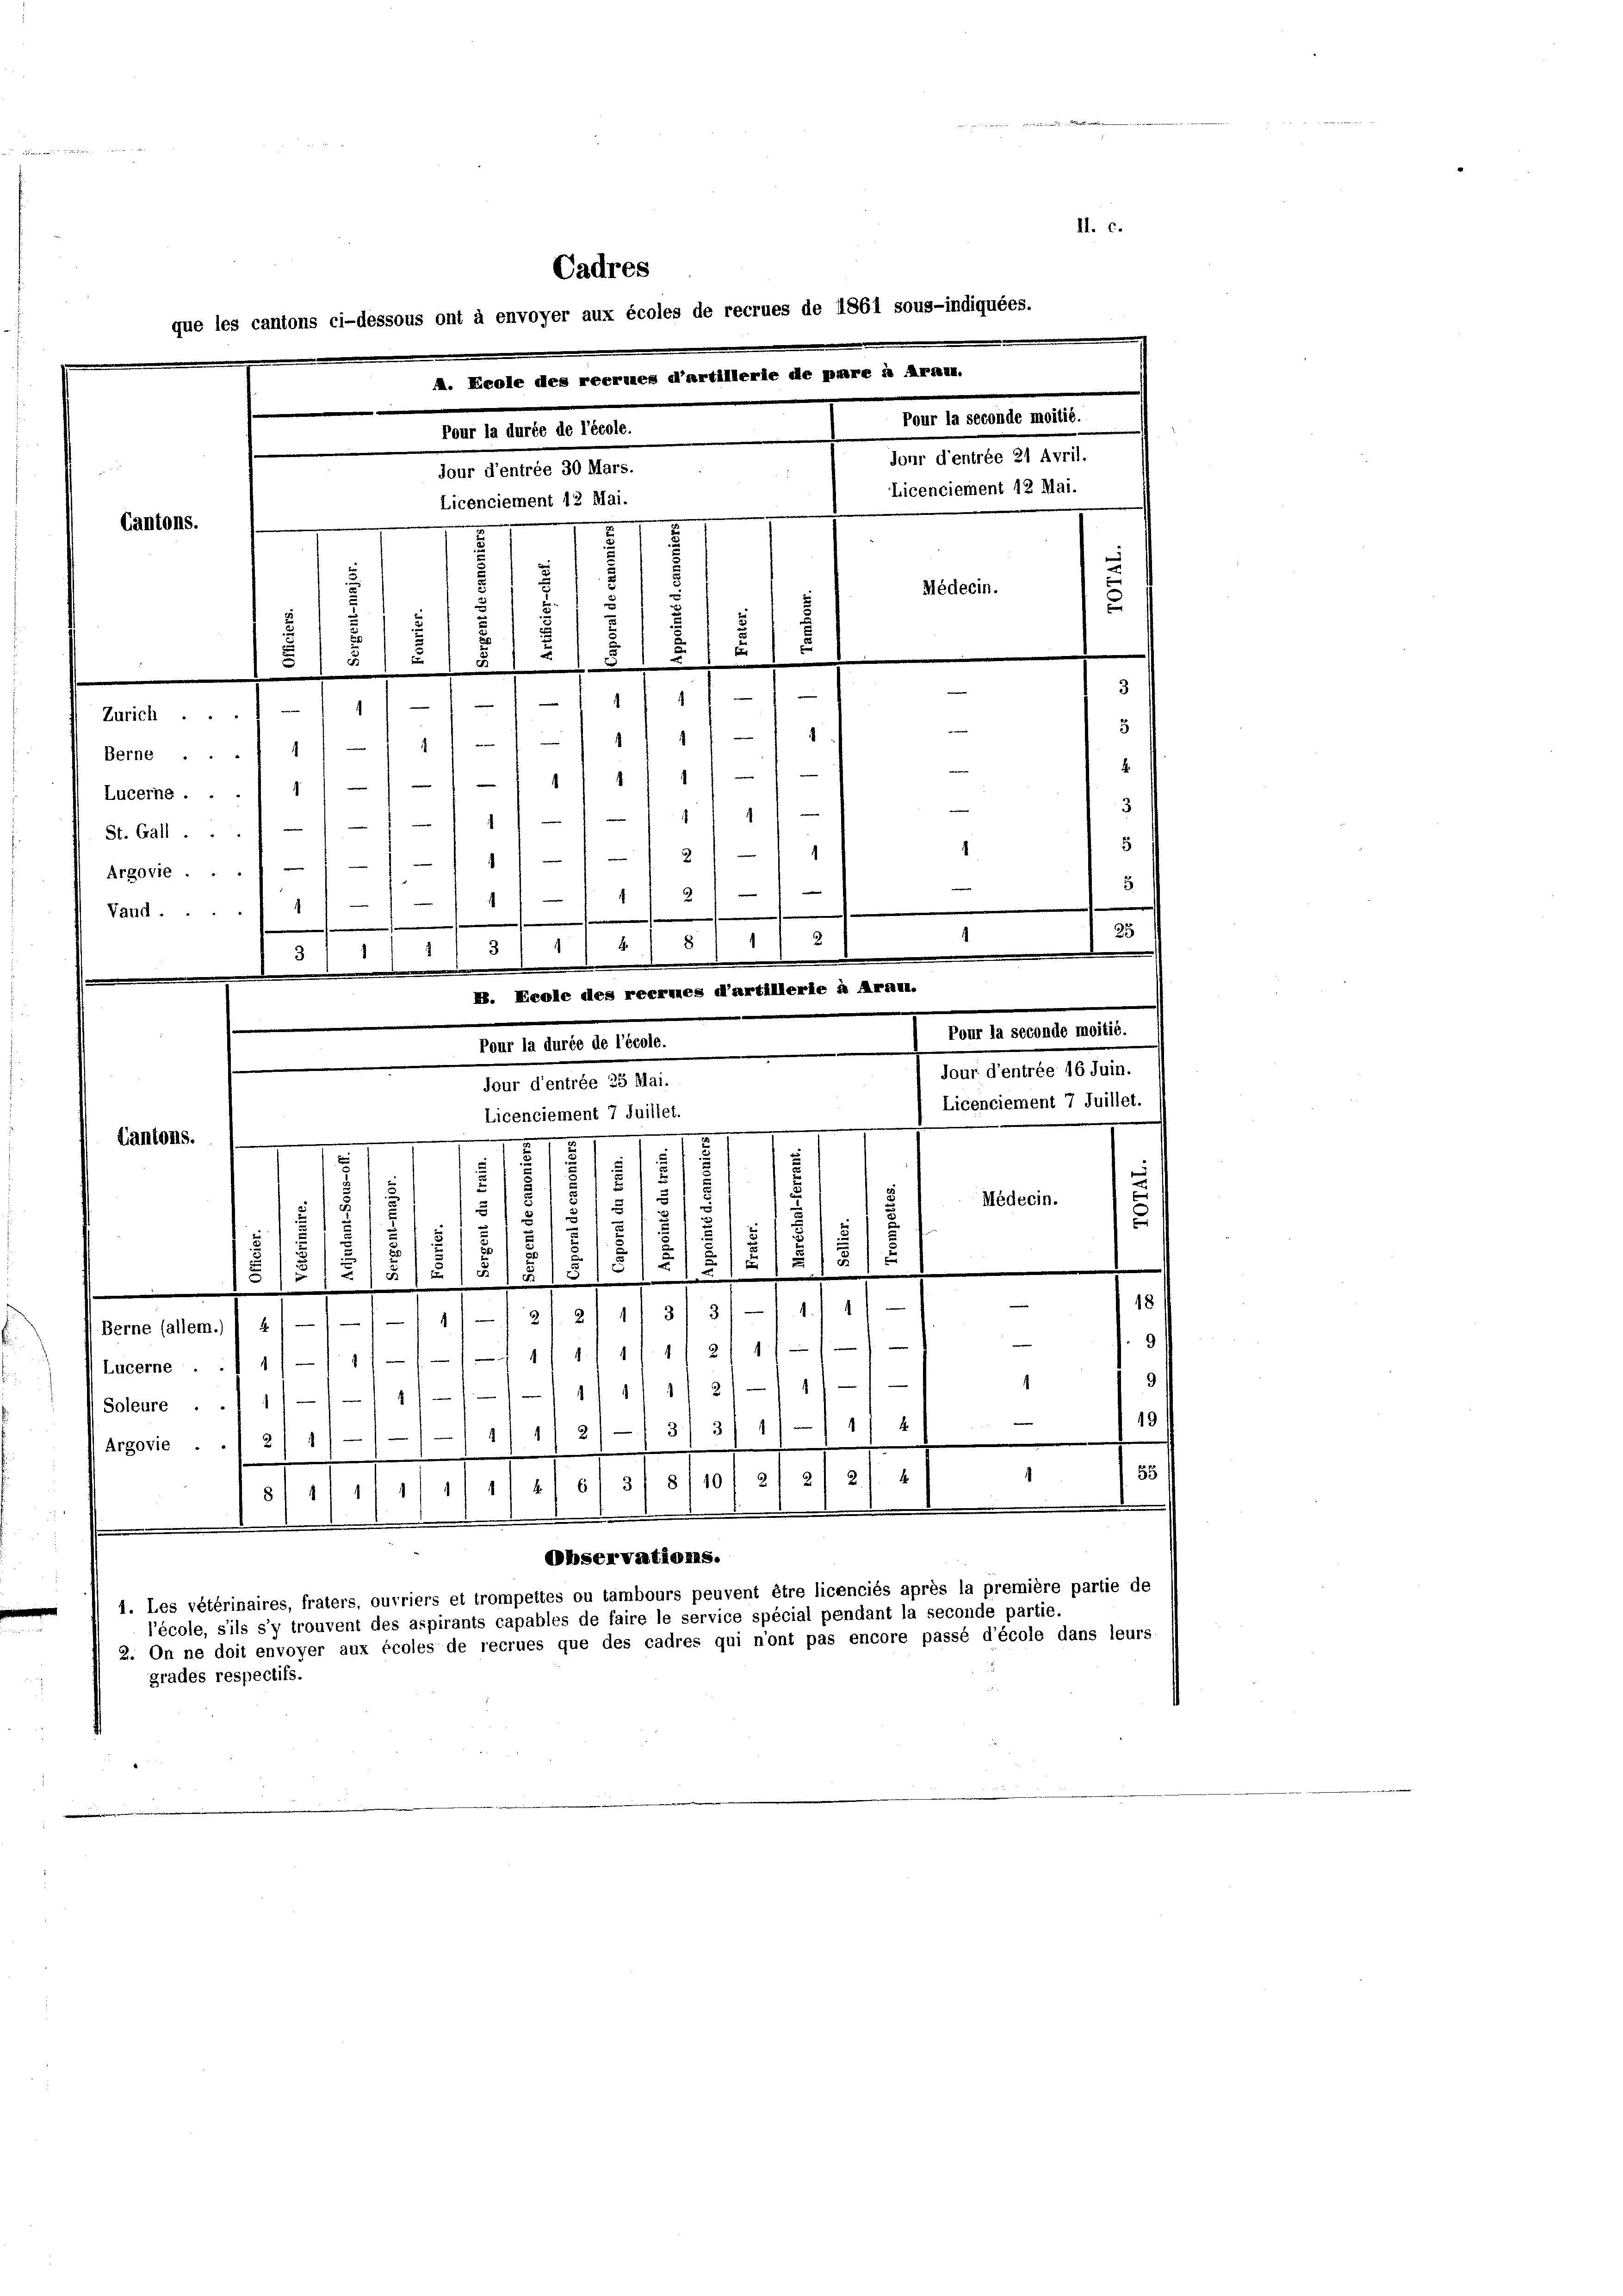
.
Vaud. 1

.

15
§ 1 1/2
¬
1

elt wi
II. c.
Cadres
que les cantons ci-dessous ont à envoyer aux écoles de recrues de 1861 sous-indiquées.
A. Ecole des reermes d’artillerie de pare à Arnen.
Pour la seconde moitié.
Pour la durée de l’école.
jour d’entrée 21 Avril.
jour d’entrée 30 Mars.
Licenciement 12 Mai.
Licenciement 12 Mai.
Cantons.
.
Médecin.
2
d
d
16
2
7
5
3
1
Zürich.1) — 1)
1
7
12
—
1
Berne ...
¬
e
Lucerne.
3

e
1
e
St. Gall.
5
1
2
Argovie . .
5
2
—

Cantons.

1/3/3/1 11 1/
1/2/17/
Lucerne . . 11/11/11 1/4
1 2/
.
1
.
1
Soleure .
.
g
3/3/ 1
2
.
(Argovie . . 1 2) 1
.
2.
 117.
6) 3/ 8/10 l 21 2
.
-
.
.
d
Observations.
1. Les vétérinaires, fraters, ouvriers et trompettes ou tambours peuvent être licenciés après la première partie de
l’école, s’ils s’y trouvent des aspirants capables de faire le service spécial pendant la seconde partie.
2. On ne doit envoyer aux écoles de recrues que des cadres qui n’ont pas encore passé d’école dans leurs
grades respectifs.

d
.
Pour la seconde moitié.
jour d’entrée 16 Juin.
Licenciement 7 Juillet.
Licenciement 7 Juillet.
z

e
e
.
.
7
s
18
u
5
1
Médecin.
.
1
8
u
81
5
.
E) 2)
.
5
2
u
2
.
/5

M. Ecole des reermes d’artillerie à Aranz.
Pour la durée de l’école.

Jour d’entrée 25 Mai.

15/
.
15/5/3
.
2
2
Berne (allem.)) 2) — —/-/ 1/

t